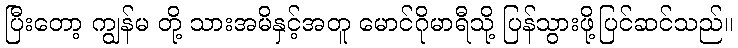
ပြီးတော့ ကျွန်မ တို့ သားအမိနှင့်အတူ မောင်ဂိုမာရီသို့ ပြန်သွားဖို့ပြင်ဆင်သည်။